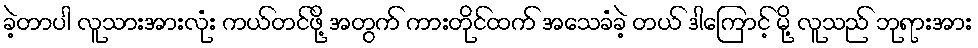
ခဲ့တာပါ လူသားအားလုံး ကယ်တင်ဖို့ အတွက် ကားတိုင်ထက် အသေခံခဲ့ တယ် ဒါကြောင့် မို့ လူသည် ဘုရားအား